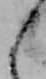
え